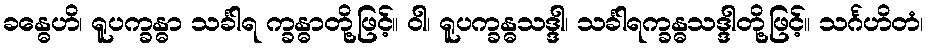
ခန္ဓေဟိ၊ ရူပက္ခန္ဓာ သင်္ခါရ က္ခန္ဓာတို့ဖြင့်။ ဝါ၊ ရူပက္ခန္ဓသဒ္ဒါ၊ သင်္ခါရက္ခန္ဓသဒ္ဒါတို့ဖြင့်။ သင်္ဂဟိတံ၊